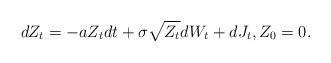
LaTeX: \begin{align*} dZ_{t}=-aZ_{t}dt +\sigma \sqrt{Z_{t}}dW_{t}+dJ_t, Z_0=0.\end{align*}